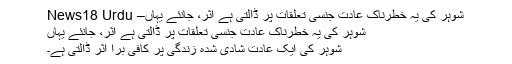
شوہر کی یہ خطرناک عادت جنسی تعلقات پر ڈالتی ہے اثر، جانئے یہاں– News18 Urdu
شوہر کی یہ خطرناک عادت جنسی تعلقات پر ڈالتی ہے اثر، جانئے یہاں
شوہر کی ایک عادت شادی شدہ زندگی پر کافی برا اثر ڈالتی ہے۔